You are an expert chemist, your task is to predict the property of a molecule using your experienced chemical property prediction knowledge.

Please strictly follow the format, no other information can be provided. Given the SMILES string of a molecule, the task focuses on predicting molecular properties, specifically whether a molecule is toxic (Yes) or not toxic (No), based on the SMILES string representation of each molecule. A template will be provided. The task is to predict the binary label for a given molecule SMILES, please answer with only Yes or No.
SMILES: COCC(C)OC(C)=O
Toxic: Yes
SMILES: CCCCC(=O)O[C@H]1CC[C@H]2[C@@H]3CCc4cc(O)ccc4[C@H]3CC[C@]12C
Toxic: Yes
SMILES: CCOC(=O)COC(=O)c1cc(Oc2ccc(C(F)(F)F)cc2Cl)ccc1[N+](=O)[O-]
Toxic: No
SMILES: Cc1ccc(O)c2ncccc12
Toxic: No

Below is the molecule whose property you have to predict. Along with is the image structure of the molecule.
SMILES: CC(COc1ccccc1)N(CCCl)Cc1ccccc1
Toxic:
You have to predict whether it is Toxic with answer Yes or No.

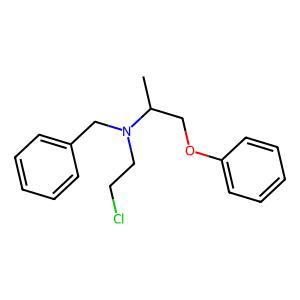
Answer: No